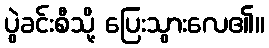
ပွဲခင်းစီသို့ ပြေးသွားလေ၏။